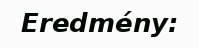
Eredmény: